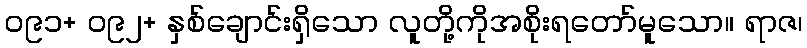
၀၉၁+ ၀၉၂+ နှစ်ချောင်းရှိသော လူတို့ကိုအစိုးရတော်မူသော။ ရာဇ၊